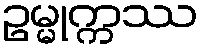
ဥမ္မုက္ကဿ